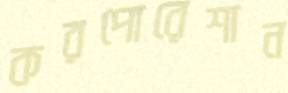
করপোরেশান